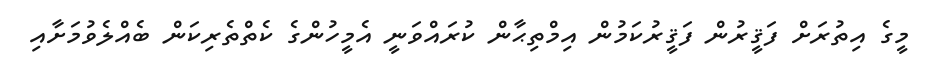
މީގެ އިތުރަށް ފަޤީރުން ފަޤީރުކަމުން އިމްތިޙާން ކުރައްވަނީ އެމީހުންގެ ކެތްތެރިކަން ބެއްލެވުމަށާއި